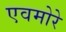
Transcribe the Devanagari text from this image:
एवमोरे